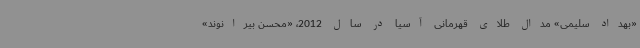
«بهداد سلیمی» مدال طلای قهرمانی آسیا در سال 2012، «محسن بیرانوند»